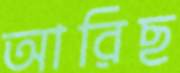
আরিছ